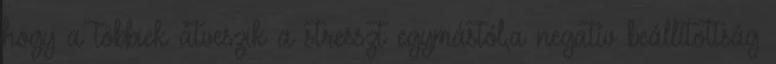
hogy a többiek átveszik a stresszt egymástól,a negatív beállítottság